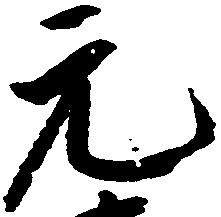
元